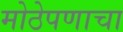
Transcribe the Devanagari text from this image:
मोठेपणाचा